Report on the cultivation of protesoma, Labbé, in grey mosquitoes
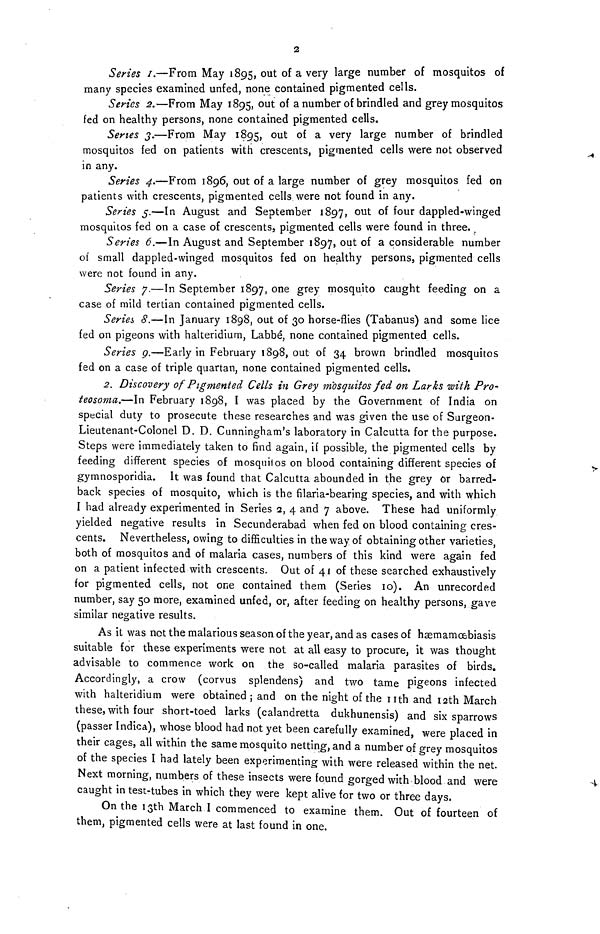
2
Series I.—From May 1895, out of a very large number of mosquitos of
many species examined unfed, none contained pigmented cells.
Series 2.— From May 1895, out of a number of brindled and grey mosquitos
fed on healthy persons, none contained pigmented cells.
Series 3.—From May 1895, out of a very large number brindled
mosquitos fed on patients with crescents, pigmented cells were not observed
in any.
Series 4.—From 1896, out of a large number of grey mosquitos fed on
patients with crescents, pigmented cells were not found in any.
Series 5.—In August and September 1897, out of four dappled-winged
mosquitos fed on a case of crescents, pigmented cells were found in three.
Series 6.—In August and September 1897, out of a considerable number
of small dappled-winged mosquitos fed on healthy persons, pigmented cells
were not found in any.
Series 7.—In September 1897, one grey mosquito caught feeding on a
case of mild tertian contained pigmented cells.
Series 8.—In January 1898, out of 30 horse-flies (Tabanus) and some lice
fed on pigeons with halteridium, Labbé, none contained pigmented cells.
Series 9.—Early in February 1898, out of 34 brown brindled mosquitos
fed on a case of triple quartan, none contained pigmented cells,
2. Discovery of Pigmented Cells in Grey mosquitos fed on Larks with Pro-
teosoma.—In February 1898, I was placed by the Government of India on
special duty to prosecute these researches and was given the use of Surgeon-
Lieutenant-Colonel D. D. Cunningham's laboratory in Calcutta for the purpose.
Steps were immediately taken to find again, if possible, the pigmented cells by
feeding different species of mosquilos on blood containing different species of
gymnosporidia. It was found that Calcutta abounded in the grey or barred-
back species of mosquito, which is the filaria-bearing species, and with which
I had already experimented in Series 2, 4 and 7 above. These had uniformly
yielded negative results in Secunderabad when fed on blood containing cres-
cents. Nevertheless, owing to difficulties in the way of obtaining other varieties,
both of mosquitos and of malaria cases, numbers of this kind were again fed
on a patient infected with crescents. Out of 41 of these searched exhaustively
for pigmented cells, not one contained them (Series 10). An unrecorded
number, say 50 more, examined unfed, or, after feeding on healthy persons, gave
similar negative results.
As it was not the malarious season of the year, and as cases of hæmam\ill\biasis
suitable for these experiments were not at all easy to procure, it was thought
advisable to commence work on the so-called malaria parasites of birds.
Accordingly, a crow (corvus splendens) and two tame pigeons infected
with halteridium were obtained ; and on the night of the nth and 12th March
these, with four short-toed larks (calandretta dukhunensis) and six sparrows
(passer Indica), whose blood had not yet been carefully examined, were placed in
their cages, all within the same mosquito netting, and a number of grey mosquitos
of the species I had lately been experimenting with were released within the net.
Next morning, numbers of these insects were found gorged with blood and were
caught in test-tubes in which they were kept alive for two or three days.
On the 13th March I commenced to examine them. Out of fourteen of
them, pigmented cells were at last found in one.